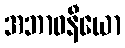
အဘာဝနီယော